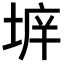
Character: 𡍔